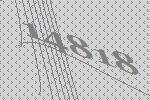
14818